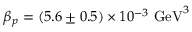
\beta _ { p } = ( 5 . 6 \pm 0 . 5 ) \times 1 0 ^ { - 3 } ~ \mathrm { G e V } ^ { 3 }